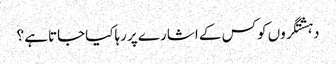
دہشتگروں کوکس کے اشارے پررہاکیاجاتاہے ؟